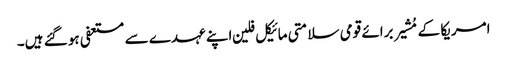
امریکا کے مُشیر برائے قومی سلامتی مائیکل فلین اپنے عہدے سے مستعفی ہو گئے ہیں۔